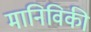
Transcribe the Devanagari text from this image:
मानिविकी